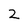
Character: 2